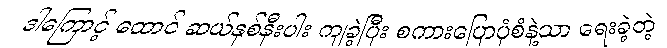
ဒါကြောင့် ထောင် ဆယ်နှစ်နီးပါး ကျခဲ့ပြီး စကားပြောပုံစံနဲ့သာ ရေးခဲ့တဲ့